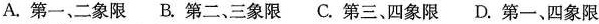
A. 第一、二象限 B. 第二、三象限 C. 第三、四象限 D. 第一、四象限